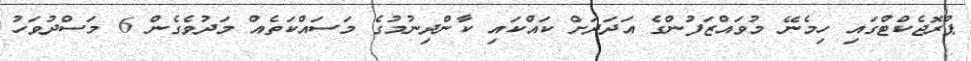
ޕްރޮޖެކްޓްގައި ހިމެނޭ މުވައްޒަފުންގެ އަދަދަށް ކައްކައި ކާންދިނުމުގެ މަސައްކަތެއް މަދުވެގެން 6 މަސްދުވަހު